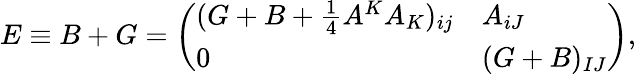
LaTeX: E\equiv B+G=\left(\begin{array}{ll}{{(G+B+{\frac{1}{4}}A^{K}A_{K})_{ij}}}&{{A_{iJ}}}\\ {{0}}&{{(G+B)_{IJ}}}\end{array}\right),